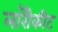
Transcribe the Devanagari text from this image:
लॉरीकीट